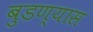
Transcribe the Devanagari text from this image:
बुडण्यास